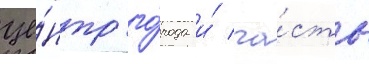
це́нтр го́рода и́ ча́сть